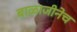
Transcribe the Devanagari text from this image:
बाळाजीनेच